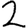
Digit: 2